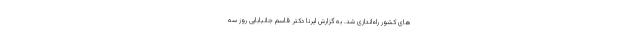
های کشور راه‌اندازی شد. به گزارش ایرنا دکتر قاسم جانبابایی روز سه